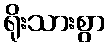
ရိုးသားစွာ